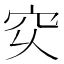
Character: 𥤳